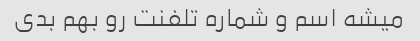
میشه اسم و شماره تلفنت رو بهم بدی